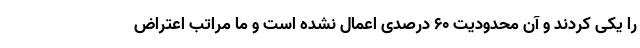
را یکی کردند و آن محدودیت ۶۰ درصدی اعمال نشده است و ما مراتب اعتراض